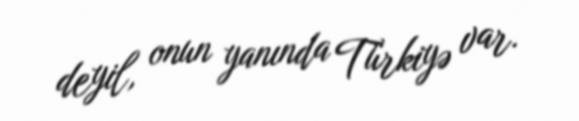
deyil, onun yanında Türkiyə var.